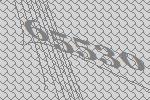
65530